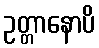
ဥတ္တာနောပိ